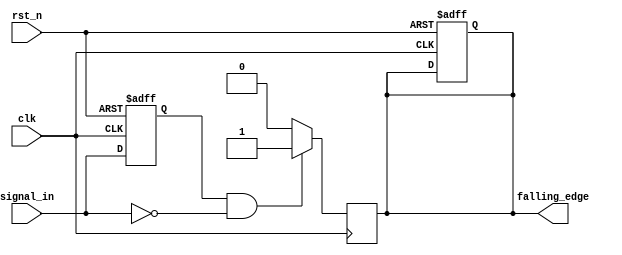
module falling_edge_detector (
    input wire clk,                // Clock signal
    input wire rst_n,              // Asynchronous active-low reset
    input wire signal_in,          // Input signal to detect falling edge
    output reg falling_edge        // Output signal indicating falling edge
);

    reg signal_in_prev;            // Register to store the previous state of the input signal

    // Asynchronous reset and state storage
    always @(posedge clk or negedge rst_n) begin
        if (!rst_n) begin
            signal_in_prev <= 1'b0; // Initialize previous state to low on reset
            falling_edge <= 1'b0;   // Initialize output to low on reset
        end else begin
            signal_in_prev <= signal_in; // Store the current state of the input signal
        end
    end

    // Falling edge detection logic
    always @(posedge clk) begin
        if (signal_in_prev == 1'b1 && signal_in == 1'b0) begin
            falling_edge <= 1'b1; // Set output high on falling edge
        end else begin
            falling_edge <= 1'b0; // Reset output after one clock cycle
        end
    end

endmodule